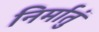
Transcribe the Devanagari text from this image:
निर्मातुं